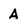
Character: A